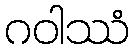
ဂဝါဿံ